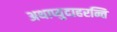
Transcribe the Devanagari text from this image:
अथाप्युदाहरन्ति